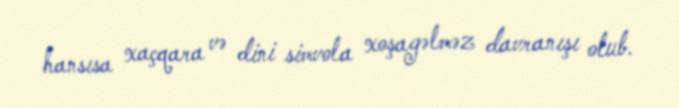
hansısa xaçqara və dini simvola xoşagəlməz davranışı olub.